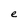
Character: e